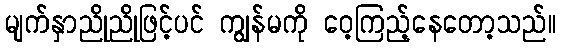
မျက်နှာညိုညိုဖြင့်ပင် ကျွန်မကို ဝေ့ကြည့်နေတော့သည်။